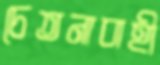
চেতনাবাহী